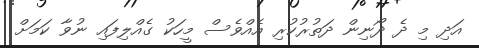
އަދި މި ދެ ދޯނިން ދަތުރުކުރި އެއްވެސް މީހަކު ގެއްލިފައި ނުވާ ކަމަށް